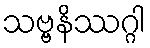
သဗ္ဗနိဿဂ္ဂါ